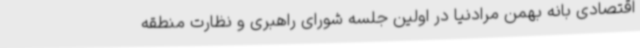
اقتصادی بانه بهمن مرادنیا در اولین جلسه شورای راهبری و نظارت منطقه